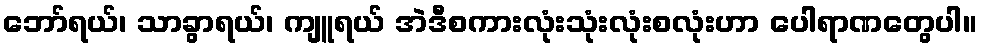
ဘော်ရယ်၊ သာခွာရယ်၊ ကျူရယ် အဲဒီစကားလုံးသုံးလုံးစလုံးဟာ ပေါရာဏတွေပါ။